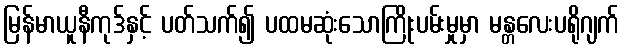
မြန်မာယူနီကုဒ်နှင့် ပတ်သက်၍ ပထမဆုံးသောကြိုးပမ်းမှုမှာ မန္တလေးပရိုဂျက်